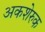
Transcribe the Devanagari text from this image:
अकशेरुक